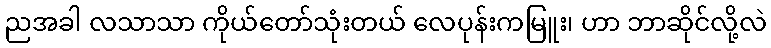
ညအခါ လသာသာ ကိုယ်တော်သုံးတယ် လေပုန်းကမြူး၊ ဟာ ဘာဆိုင်လို့လဲ